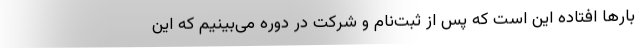
بارها افتاده این است که پس از ثبت‌نام و شرکت در دوره می‌بینیم که این